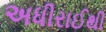
અધીરાઈથી